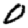
Digit: 0